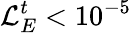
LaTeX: \mathcal{L}_{E}^{t}<10^{-5}